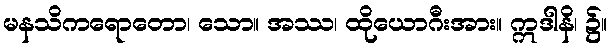
မနသိကရောတော၊ သော။ အဿ၊ ထိုယောဂီးအား။ ဣဒါနိ၊ ၌။